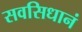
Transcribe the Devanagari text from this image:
सवसिधानं